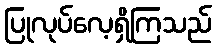
ပြုလုပ်လေ့ရှိကြသည်